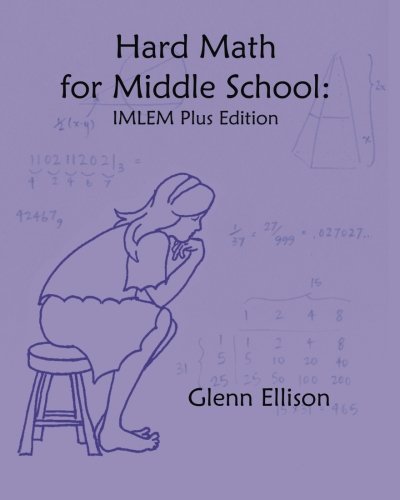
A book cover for Hard Math for Middle School: IMLEM Plus Edition; Glenn Ellison; Science & Math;